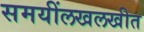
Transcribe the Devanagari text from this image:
समयींलखलखीत